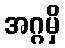
အဂ္ဂမှိ